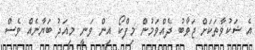
އެ ޝަކުވާތަކަށް ޖަވާބު ދެއްވަމުން މިފްކޯ އިން ވަނީ މިއަދު ބަޔާނެއް ވެސް